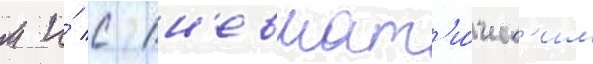
м и́ с пн'евмат'и́ческ'им